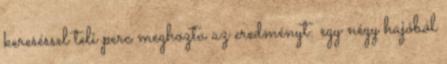
kereséssel teli perc meghozta az eredményt: egy négy hajóból